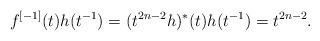
LaTeX: \begin{align*}f^{[-1]}(t)h(t^{-1})=(t^{2n-2}h)^*(t)h(t^{-1})=t^{2n-2}.\end{align*}